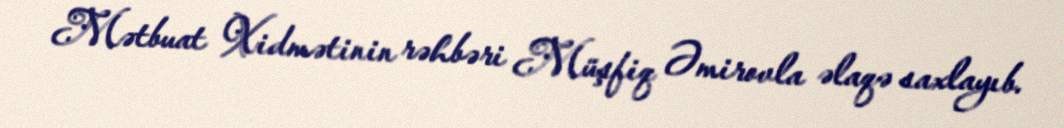
Mətbuat Xidmətinin rəhbəri Müşfiq Əmirovla əlaqə saxlayıb.